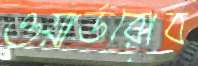
ওয়ার্ডরোব